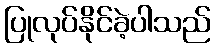
ပြုလုပ်နိုင်ခဲ့ပါသည်